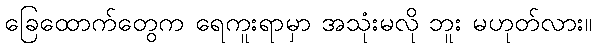
ခြေထောက်တွေက ရေကူးရာမှာ အသုံးမလို ဘူး မဟုတ်လား။